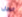
الرجل